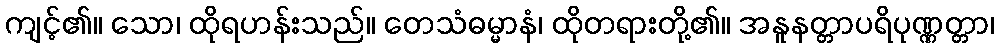
ကျင့်၏။ သော၊ ထိုရဟန်းသည်။ တေသံဓမ္မာနံ၊ ထိုတရားတို့၏။ အနူနတ္တာပရိပုဏ္ဏတ္တာ၊